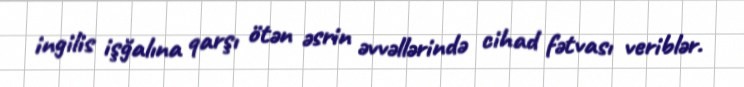
ingilis işğalına qarşı ötən əsrin əvvəllərində cihad fətvası veriblər.